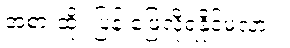
အစားထိုး ပြန် ဖြေလို့ရနိုင်မလား။